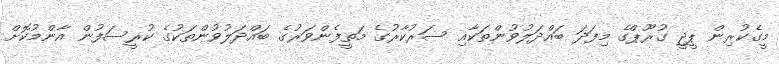
މީގެކުރިން ޕީޖީ ގުރޫޕްގެ މިފަދަ ބައްދަލުވުންތަކާއި ސަރުކާރުގެ މަތީފެންވަރުގެ ބައްދަލުވުންތަކުގެ ކުރީސަފުން އާންމުކޮށް